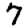
Digit: 7